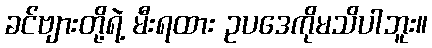
ခင်ဗျားတို့ရဲ့ မီးရထား ဥပဒေကိုမသိပါဘူး။